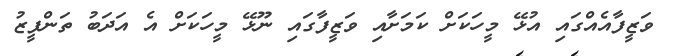
ވަޒީފާއެއްގައި އުޅޭ މީހަކަށް ކަމަށާއި ވަޒީފާގައި ނޫޅޭ މީހަކަށް އެ އަދަބު ތަންފީޒު